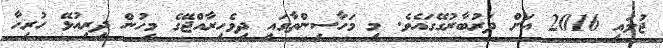
ޖުލައި 2016 އަށް ދަރުބާރުގޭގައެވެ. މި މަހާސިންތާގައި ދިވެހިރާއްޖޭގެ މީހުން ދިރިއުޅޭ ހުރިހާ